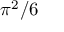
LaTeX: \pi ^ { 2 } / 6